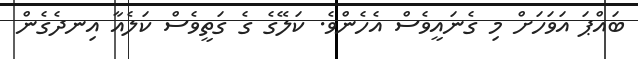
ބައްޕަ އަވަހަށް މި ގެނައީވެސް އެހެންވެ. ކަލޭގެ ގެ ގަތީވެސް ކަލެއާ އިނދެގެން